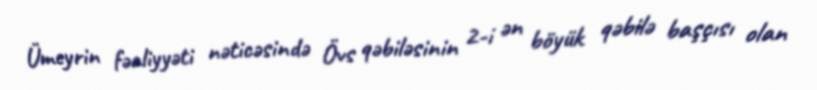
Ümeyrin fəaliyyəti nəticəsində Övs qəbiləsinin 2-i ən böyük qəbilə başçısı olan